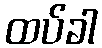
ထပ်ခါ